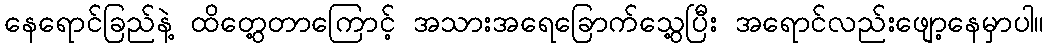
နေရောင်ခြည်နဲ့ ထိတွေ့တာကြောင့် အသားအရေခြောက်သွေ့ပြီး အရောင်လည်းဖျော့နေမှာပါ။